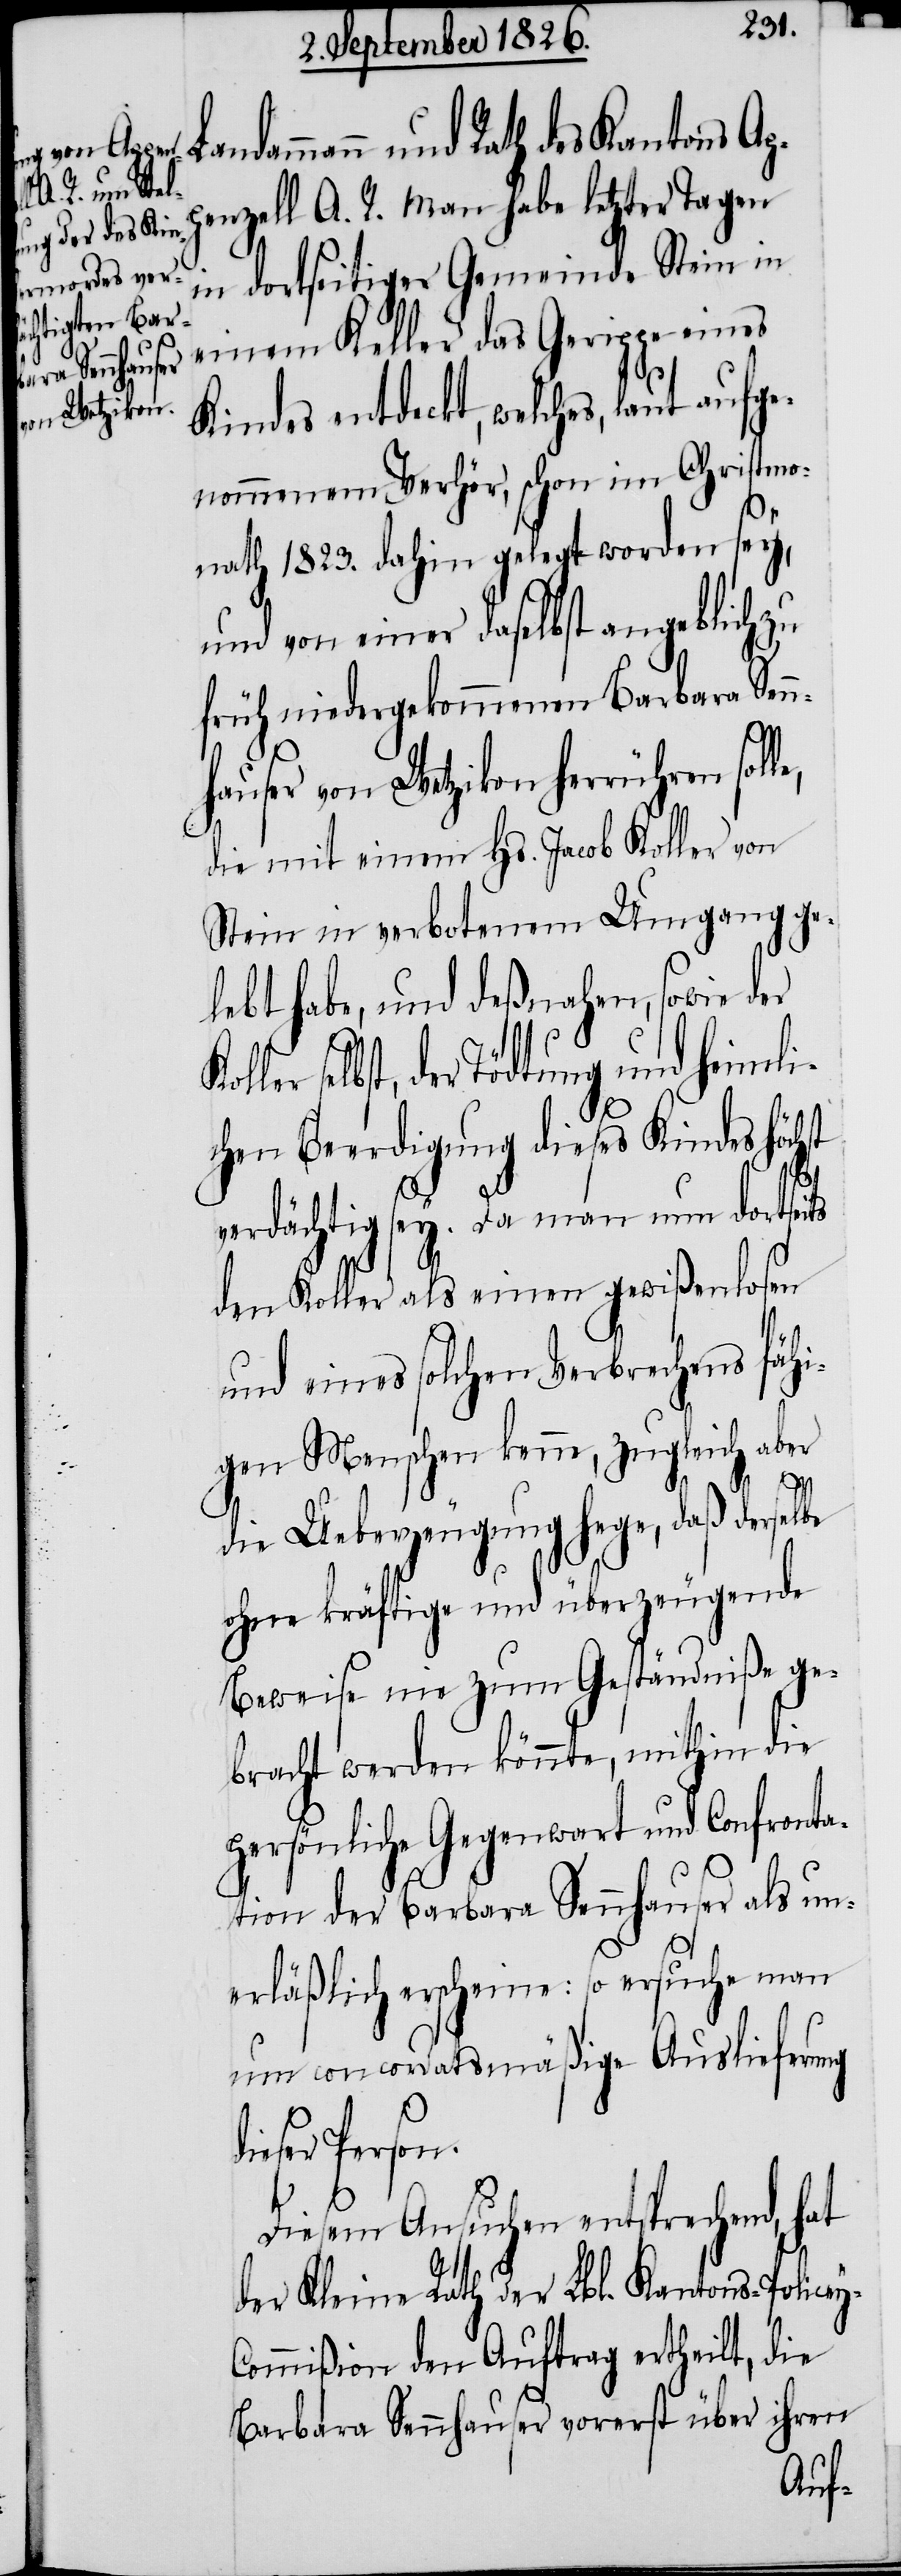
dammann und Rath des Kantons Ap¬
penzell A. R. man habe letzter Tagen
in dortseitiger Gemeinde Stein in
einem Keller das Gerippe eines
Kindes entdeckt, welches, laut a¬
nommenem Verhör, schon im Christmo¬
nath 1823. dahin gelegt worden sey,
und von einer daselbst angeblich zu
früh niedergekommenen Barbara Sen¬
hauser von Wetzikon herrühren sol¬
die mit einem Hs. Jacob Koller von
Stein in verbotenem Umgang ge¬
lebt habe, und deßnahen, sowie der
selbst, der Tödtung und heimli¬
chen Beerdigung dieses Kindes höchst
y-C¬
verdächtig sey. Da man nun dortseits
den Koller als einen gewißenlosen
und eines solchen Verbrechens fähi¬
gen Menschen kenne, zugleich aber
le,
die Ueberzeugung hege, daß derselbe
ohne kräftige und überzeugende
Beweise nie zum Geständniße ge¬
bracht werden könnte, mithin die
persönliche Gegenwart und Confronta¬
tion der Barbara Sennhauser als un¬
erläßlich erscheine: so ersuche man
um concordatsmäßige Auslieferung
dieser Person.
Diesem Ansuchen entsprechend, hat
der Kleine Rath der Lbl. Kantons-Police¬
ommißion den Auftrag ertheilt, die
Barbara Sennhauser vorerst über ihren

n¬